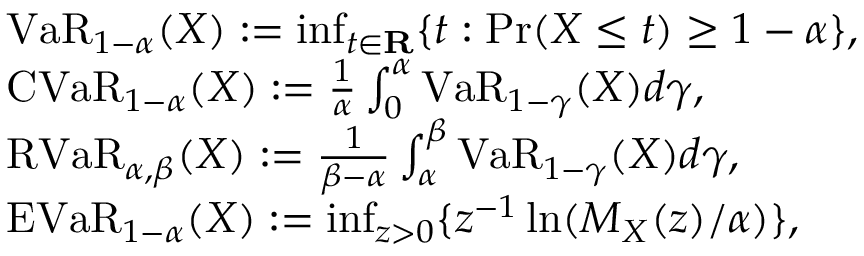
{ \begin{array} { r l } & { { \mathrm { V a R } } _ { 1 - \alpha } ( X ) : = \operatorname* { i n f } _ { t \in \mathbf { R } } \{ t : { \mathrm { P r } } ( X \leq t ) \geq 1 - \alpha \} , } \\ & { { \mathrm { C V a R } } _ { 1 - \alpha } ( X ) : = { \frac { 1 } { \alpha } } \int _ { 0 } ^ { \alpha } { \mathrm { V a R } } _ { 1 - \gamma } ( X ) d \gamma , } \\ & { { \mathrm { R V a R } } _ { \alpha , \beta } ( X ) : = { \frac { 1 } { \beta - \alpha } } \int _ { \alpha } ^ { \beta } { \mathrm { V a R } } _ { 1 - \gamma } ( X ) d \gamma , } \\ & { { \mathrm { E V a R } } _ { 1 - \alpha } ( X ) : = \operatorname* { i n f } _ { z > 0 } \{ z ^ { - 1 } \ln ( M _ { X } ( z ) / \alpha ) \} , } \end{array} }